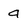
Character: a